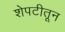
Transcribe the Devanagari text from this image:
शेपटीतून